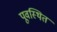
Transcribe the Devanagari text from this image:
पूवस्थित